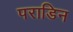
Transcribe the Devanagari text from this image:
पराडिन